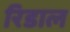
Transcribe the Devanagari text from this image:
रिडाल